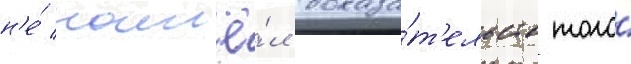
н'е́ нашё́л доказа́т'ельств того́